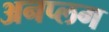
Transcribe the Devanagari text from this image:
अनप्लग